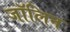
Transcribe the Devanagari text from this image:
जॉलिन